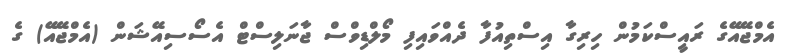
އެމްޖޭއޭގެ ރައީސްކަމުން ހިރިގާ އިސްތިއުފާ ދެއްވައިފި މޯލްޑިވްސް ޖާނަލިސްޓް އެސޯސިއޭޝަން (އެމްޖޭއޭ) ގެ